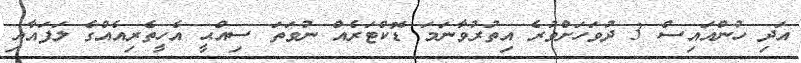
އަދި ހުންއައިސް 3 ދުވަހަށްވުރެ އިތުރުވާނަމަ ޑޮކްޓަރެއް ނުވަތަ ސިއްޙީ އެހީތެރިއެއްގެ ލަފައާއި